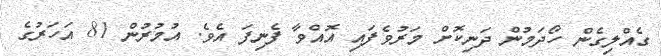
ގެއްލިގެން ހޯދަމުން ދަނިކޮށް މަރުވެފައި އޮއްވާ ފެނިފަ އެވެ. އުމުރުން 81 އަހަރުގެ